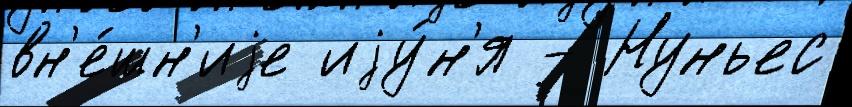
вн'е́шн'иjе иjу́н'я - Нуньес